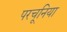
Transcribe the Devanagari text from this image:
परचूनिया